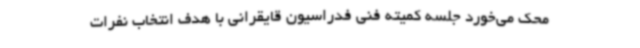
محک می‌خورد جلسه کمیته فنی فدراسیون قایقرانی با هدف انتخاب نفرات